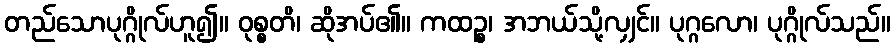
တည်သောပုဂ္ဂိုလ်ဟူ၍။ ဝုစ္စတိ၊ ဆိုအပ်၏။ ကထဉ္စ၊ အဘယ်သို့လျှင်။ ပုဂ္ဂလော၊ ပုဂ္ဂိုလ်သည်။